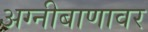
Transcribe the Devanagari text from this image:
अग्नीबाणावर